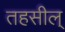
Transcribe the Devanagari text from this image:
तहसील्